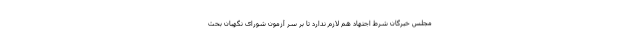
مجلس خبرگان شرط اجتهاد هم لازم ندارد تا بر سر آزمون شورای نگهبان بحث